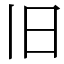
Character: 旧